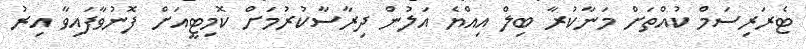
ޓެރަރިސަމް ކުއްތަށް މަނާކުރާ ބިލް އިއްޔެ އަލުން ދިރާސާކުރުމަށް ކޮމިޓީއަށް ފޮނުވާފައިވާ އިރު